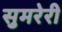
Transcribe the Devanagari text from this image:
सुमरेरी